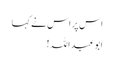
اس پر اس نے کہا
ابوعبداللہ!